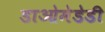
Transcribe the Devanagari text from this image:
डाओमेडेडी